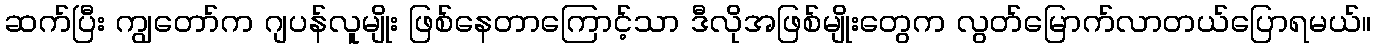
ဆက်ပြီး ကျွတော်က ဂျပန်လူမျိုး ဖြစ်နေတာကြောင့်သာ ဒီလိုအဖြစ်မျိုးတွေက လွတ်မြောက်လာတယ်ပြောရမယ်။